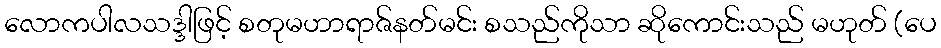
လောကပါလသဒ္ဒါဖြင့် စတုမဟာရာဇ်နတ်မင်း စသည်ကိုသာ ဆိုကောင်းသည် မဟုတ် (ပေ